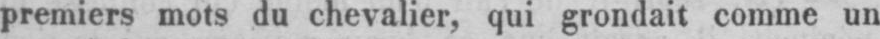
premiers mots du chevalier, qui grondait comme un